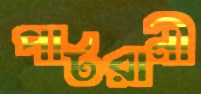
পাটরানী